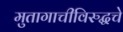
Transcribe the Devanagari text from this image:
मुतागाचीविरुद्धचे